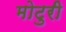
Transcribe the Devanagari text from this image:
मोटुरी